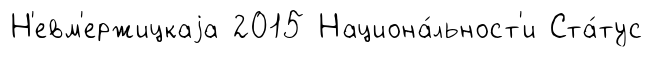
Н'евм'ержицкаjа 2015 Национа́льност'и Ста́тус